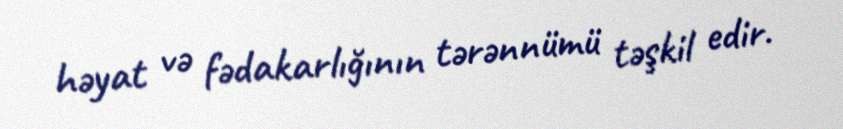
həyat və fədakarlığının tərənnümü təşkil edir.